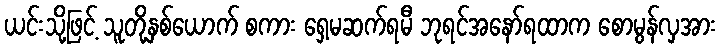
ယင်းသို့ဖြင့် သူတို့နှစ်ယောက် စကား ရှေ့မဆက်ရမီ ဘုရင်အနော်ရထာက စောမွန်လှအား